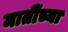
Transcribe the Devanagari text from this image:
मातींच्या